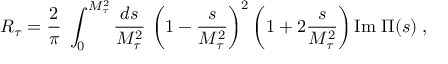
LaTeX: R _ { \tau } = \frac { 2 } { \pi } \; \int _ { 0 } ^ { M _ { \tau } ^ { 2 } } { \frac { d s } { M _ { \tau } ^ { 2 } } } \, \left( 1 - { \frac { s } { M _ { \tau } ^ { 2 } } } \right) ^ { 2 } \left( 1 + 2 { \frac { s } { M _ { \tau } ^ { 2 } } } \right) \mathrm { I m } \; \Pi ( s ) \; ,